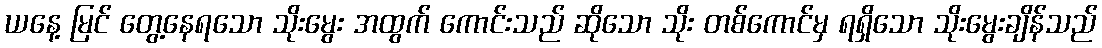
ယနေ့ မြင် တွေ့နေရသော သိုးမွေး အထွက် ကောင်းသည် ဆိုသော သိုး တစ်ကောင်မှ ရရှိသော သိုးမွေးချိန်သည်